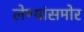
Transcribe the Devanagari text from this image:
लेण्यांसमोर